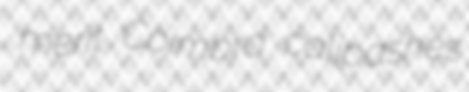
merit Coimbra calipashes